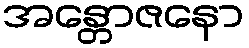
အန္တောဇနော